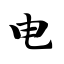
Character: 电